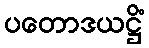
ပတောဒယဋ္ဌိံ